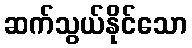
ဆက်သွယ်နိုင်သော